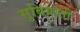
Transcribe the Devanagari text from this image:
सुबियांतो